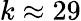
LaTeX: k\approx 29